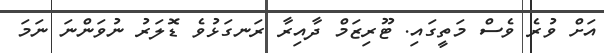
އަށް ވުރެ ވެސް މަތީގައި. ޓޫރިޒަމް ދާއިރާ ރަނގަޅުވެ ޑޮލަރު ނުވަންނަ ނަމަ